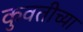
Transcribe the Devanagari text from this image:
कुवतीच्या